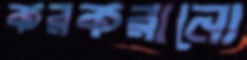
করকরানো